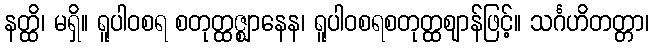
နတ္ထိ၊ မရှိ။ ရူပါဝစရ စတုတ္ထဇ္ဈာနေန၊ ရူပါဝစရစတုတ္ထဈာန်ဖြင့်။ သင်္ဂဟိတတ္တာ၊